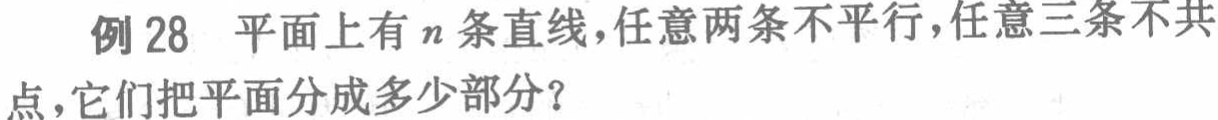
例 28 平面上有 \(n\) 条直线，任意两条不平行，任意三条不共点，它们把平面分成多少部分？